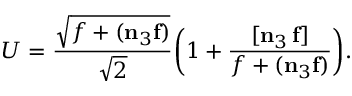
U = \frac { \sqrt { f + ( \mathbf { n } _ { 3 } \mathbf { f } ) } } { \sqrt { 2 } } \biggl ( 1 + \frac { [ \mathbf { n } _ { 3 } \, \mathbf { f } ] } { f + ( \mathbf { n } _ { 3 } \mathbf { f } ) } \biggr ) .